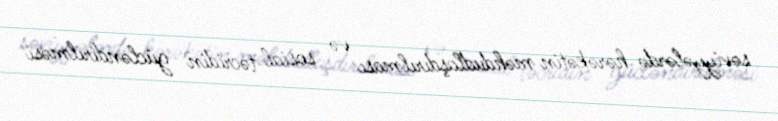
səviyyələrdə hərəkətin məhdudlaşdırılması və sosial təcridin gücləndirilməsi